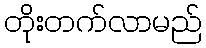
တိုးတက်လာမည်